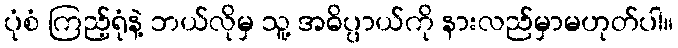
ပုံစံ ကြည့်ရုံနဲ့ ဘယ်လိုမှ သူ့ အဓိပ္ပာယ်ကို နားလည်မှာမဟုတ်ပါ။